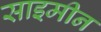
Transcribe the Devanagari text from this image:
साइमीन